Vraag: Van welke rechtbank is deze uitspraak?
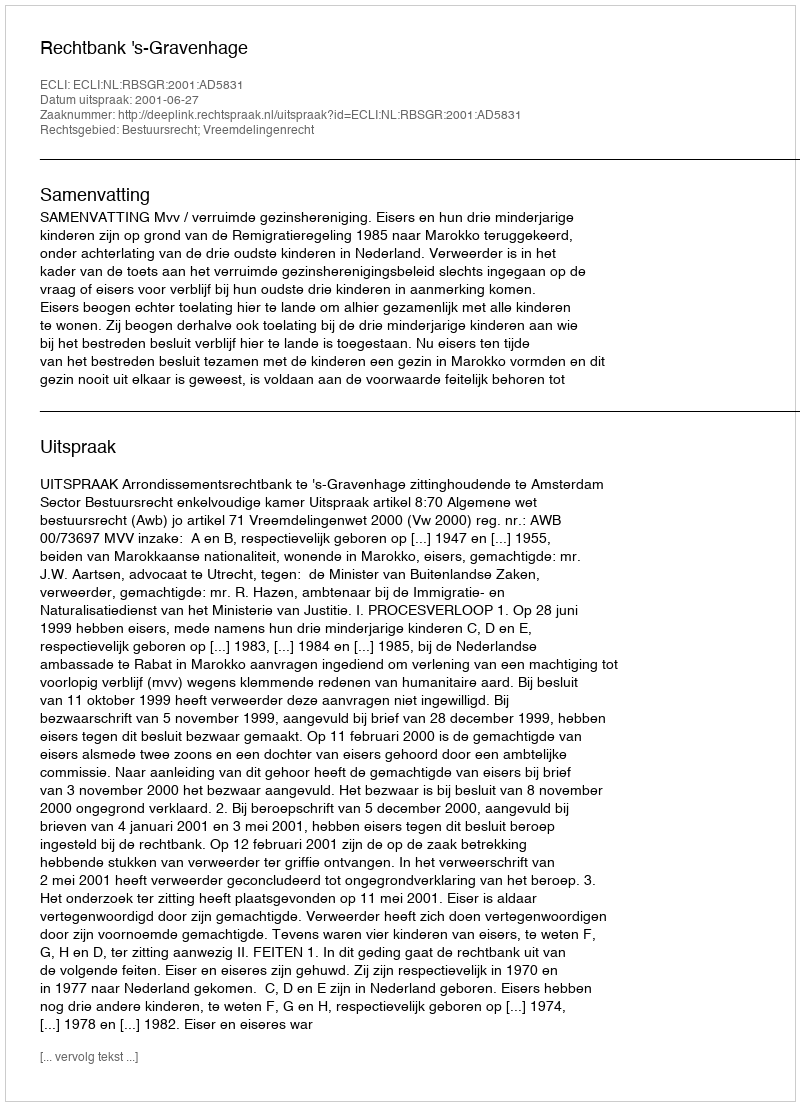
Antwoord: Rechtbank 's-Gravenhage